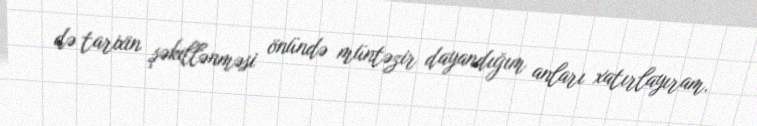
də tarixin şəkillənməsi önündə müntəzir dayandığım anları xatırlayıram.